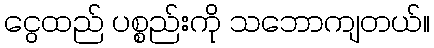
ငွေထည် ပစ္စည်းကို သဘောကျတယ်။